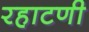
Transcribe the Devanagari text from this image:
रहाटणी